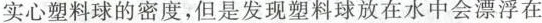
实心塑料球的密度，但是发现塑料球放在水中会漂浮在